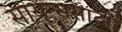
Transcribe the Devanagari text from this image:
सायन्ससाठी